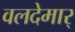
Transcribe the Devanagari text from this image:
वलदेमार्